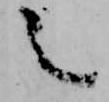
之